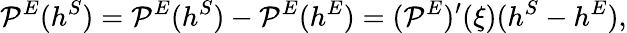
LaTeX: {\cal P}^{E}(h^{S})={\cal P}^{E}(h^{S})-{\cal P}^{E}(h^{E})=({\cal P}^{E})^{\prime}(\xi)(h^{S}-h^{E}),